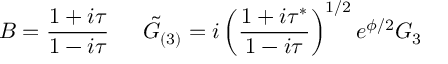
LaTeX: B = \frac { 1 + i \tau } { 1 - i \tau } \, \, \, \, \, \, \, \, \, \tilde { G } _ { ( 3 ) } = i \left( \frac { 1 + i \tau ^ { * } } { 1 - i \tau } \right) ^ { 1 / 2 } e ^ { \phi / 2 } G _ { 3 }